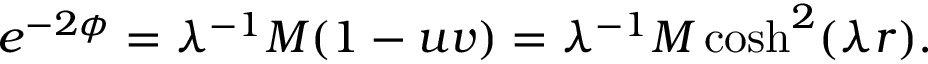
e ^ { - 2 \phi } = \lambda ^ { - 1 } M ( 1 - u v ) = \lambda ^ { - 1 } M \cosh ^ { 2 } ( \lambda r ) .